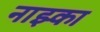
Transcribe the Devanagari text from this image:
नाझ्का